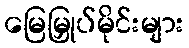
မြေမြှုပ်မိုင်းများ